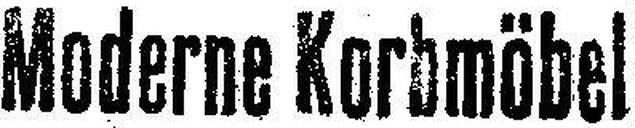
Moderne Korbmöbel